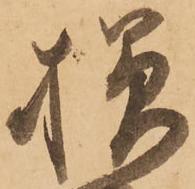
様